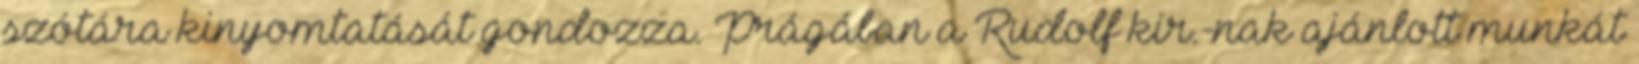
szótára kinyomtatását gondozza. Prágában a Rudolf kir.-nak ajánlott munkát